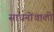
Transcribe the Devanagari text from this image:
साधनोंवाली